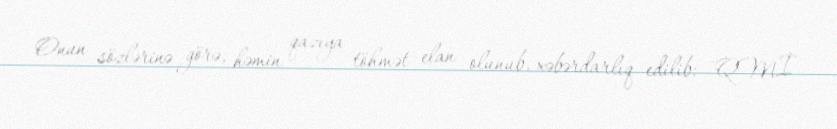
Onun sözlərinə görə, həmin qazıya töhmət elan olunub, xəbərdarlıq edilib: "QMİ